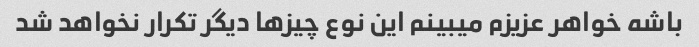
باشه خواهر عزیزم میبینم این نوع چیزها دیگر تکرار نخواهد شد